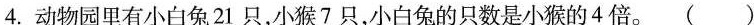
4.动物园里有小白兔21只，小猴7只，小白兔的只数是小猴的4倍。 （ ）